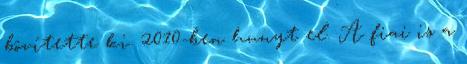
bôvítette ki. 2010-ben hunyt el. A fiai is a